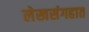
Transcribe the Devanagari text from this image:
लेखसंगहात